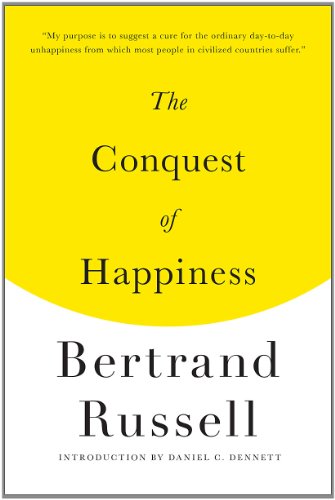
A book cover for The Conquest of Happiness; Bertrand Russell; Literature & Fiction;